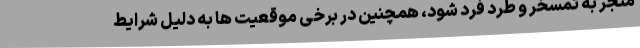
منجر به تمسخر و طرد فرد شود، همچنین در برخی موقعیت ها به دلیل شرایط